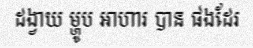
ដង្វាយ ម្ហូប អាហារ បាន ផងដែរ